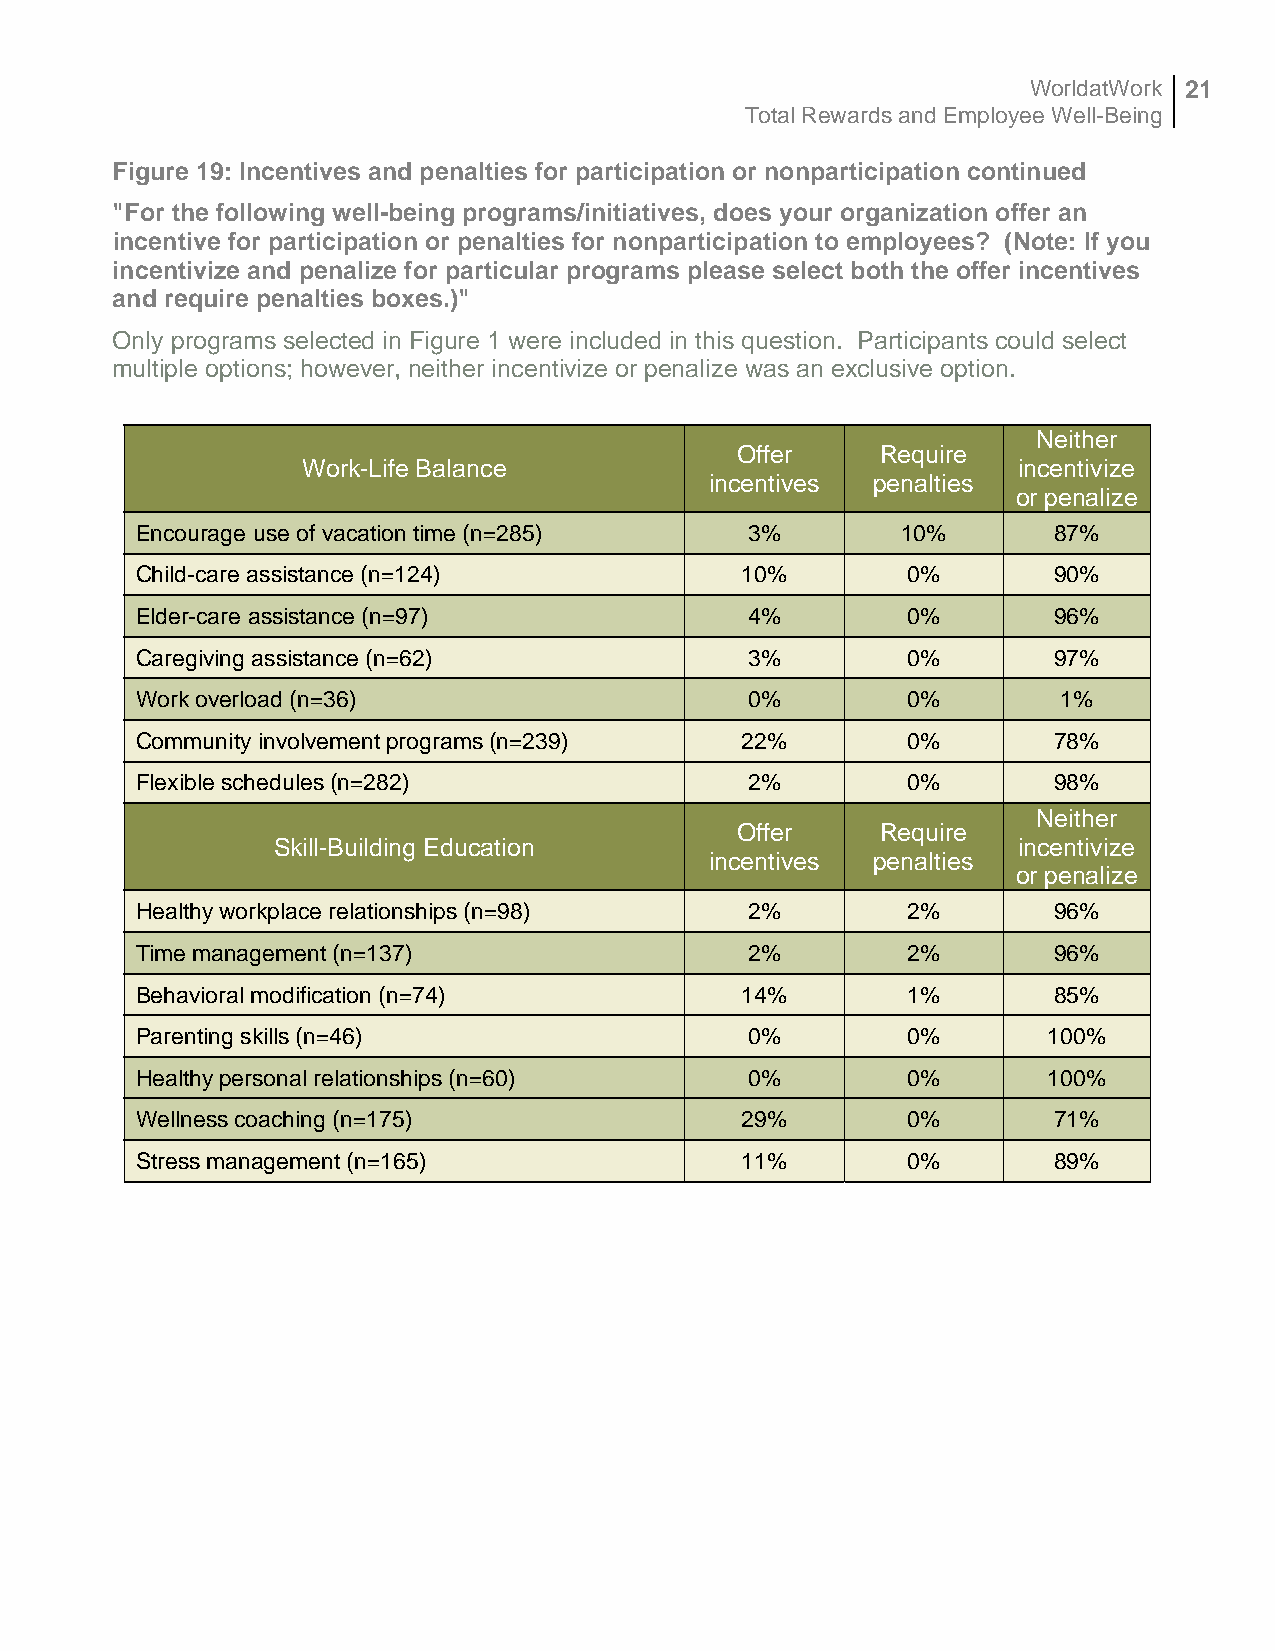
WorldatWork 21
 Total Rewards and Employee Well-Being
 Figure 19: Incentives and penalties for participation or nonparticipation continued
 "For the following well-being programs/initiatives, does your organization offer an
 incentive for participation or penalties for nonparticipation to employees? (Note: If you
 incentivize and penalize for particular programs please select both the offer incentives
 and require penalties boxes.)"
 Only programs selected in Figure 1 were included in this question. Participants could select
 multiple options; however, neither incentivize or penalize was an exclusive option.
 Neither
 Offer    Require
 Work-Life Balance                              incentivize
 incentives penalties
 or penalize
 Encourage use of vacation time (n=285)   3%        10%       87%
 Child-care assistance (n=124)           10%        0%        90%
 Elder-care assistance (n=97)             4%        0%        96%
 Caregiving assistance (n=62)             3%        0%        97%
 Work overload (n=36)                     0%        0%        1%
 Community involvement programs (n=239)  22%        0%        78%
 Flexible schedules (n=282)               2%        0%        98%
 Neither
 Offer    Require
 Skill-Building Education                         incentivize
 incentives penalties
 or penalize
 Healthy workplace relationships (n=98)   2%        2%        96%
 Time management (n=137)                  2%        2%        96%
 Behavioral modification (n=74)          14%        1%        85%
 Parenting skills (n=46)                  0%        0%       100%
 Healthy personal relationships (n=60)    0%        0%       100%
 Wellness coaching (n=175)               29%        0%        71%
 Stress management (n=165)               11%        0%        89%